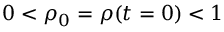
0 < \rho _ { 0 } = \rho ( t = 0 ) < 1